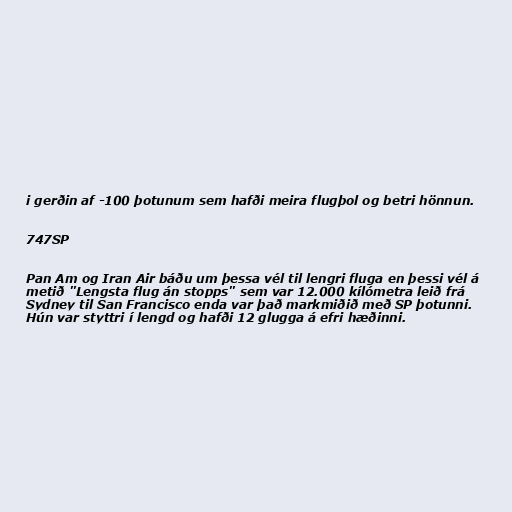
i gerðin af -100 þotunum sem hafði meira flugþol og betri hönnun.

747SP

Pan Am og Iran Air báðu um þessa vél til lengri fluga en þessi vél á
metið "Lengsta flug án stopps" sem var 12.000 kílómetra leið frá
Sydney til San Francisco enda var það markmiðið með SP þotunni.
Hún var styttri í lengd og hafði 12 glugga á efri hæðinni.